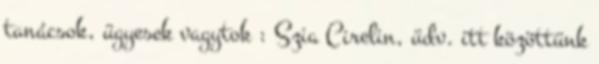
tanácsok, ügyesek vagytok : Szia Cirelin, üdv. itt közöttünk